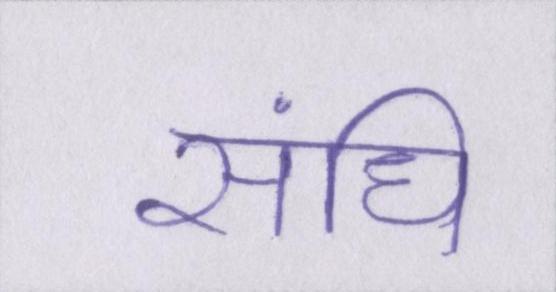
संधि